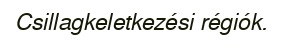
Csillagkeletkezési régiók.